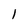
Character: 1